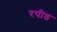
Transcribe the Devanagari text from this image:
रपीड